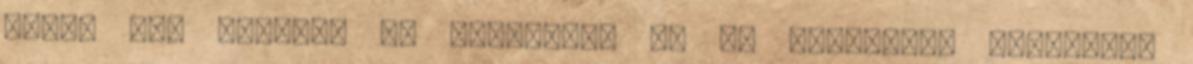
valki már azelőtt is használta az új szövetség fogalmat,